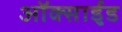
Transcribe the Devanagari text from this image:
ऑक्साई़ड